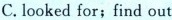
C. looked for; find out